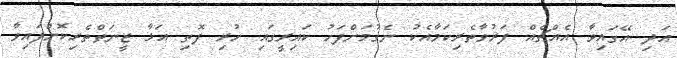
އަދި އޭގައިވާ އެއްޗެއް ފަރުވާތެރިކަމާއެކު ނެގުމަށްފަހު ކައިރީގައި ހުރި ފޮތި އަޅާ ޒީނަތްތެރިކޮށްފައިވާ